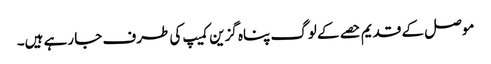
موصل کے قدیم حصے کے لوگ پناہ گزین کمیپ کی طرف جا رہے ہیں۔